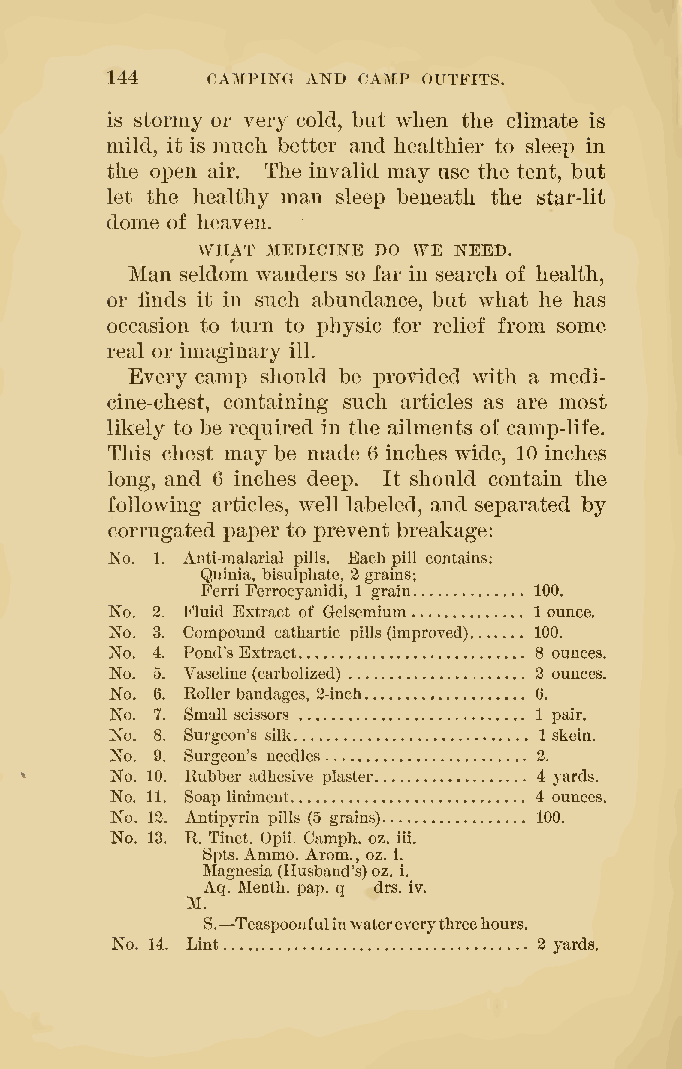
144    CAMPING AND CAMP OUTFITS.
 is stormy or very cold, but when the climate is
 mild, it is much better and healthier to sleep in
 the open air. The invalid may use the tent, but
 let the healthy man sleep beneath the star-lit
 dome of heaven.
 WHAT MEDICINE DO WE NEED.
 Man seldom wanders so far in search of health,
 or finds it in such abundance, but what he has
 occasion to turn to physic for relief from some
 real or imaginary ill.
 Every camp should be provided with a medi-
 cine-chest, containing such articles as are most
 likely to be required in the ailments of camp-life.
 This chest may be made 6 inches wide, 10 inches
 long, and 6 inches deej). It should contain the
 following articles, well labeled, and separated by
 corrugated i^aper to prevent breakage:
 No. 1. Anti-malarial pills. Eachpill contains:
 Quinia, bisulpliate, 2grains;
 Ferri Ferrocyanidi, 1 grain 100.
 No. 2. Fluid Extract of Gelsemium 1 ounce.
 No. 3. Compound cathartic pills(improved) 100.
 No. 4. Pond'sExtract        8 ounces.
 No. 5. Vaseline(carholized) 2 ounces.
 No. 6. Rollerbandages, 2-inch 6.
 No. 7. Small scissors       1 pair.
 No. 8. Surgeon's silk        1 skein.
 No. 9, Surgeon's needles     2.
 No. 10. Rubber adhesive plaster 4 yards.
 No. 11. Soap liniment       4 ounces.
 No. 12. Antipyrin pills (5 grains) 100.
 No. 13. R. Tinct. Opii. Camph. oz. iii.
 Spts.Ammo. Arom. , oz. 1.
 Magnesia(Husband's)oz. i.
 Aq. Menth. pap. q drs. iv.
 M.
 —
 S. Teaspoonfulinwatereverythreehours.
 No. 14. Lint                 2 yards.